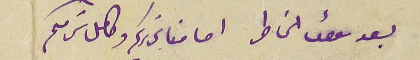
بعد سوأل الخاطر امامنا تحريركم وكامل سَركم